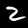
Label: 2